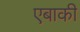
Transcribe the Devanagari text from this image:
एबाकी